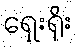
ရှေးရိုး